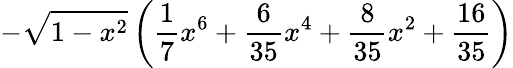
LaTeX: -\sqrt{1-x^{2}}\left(\frac{1}{7}x^{6}+\frac{6}{35}x^{4}+\frac{8}{35}x^{2}+\frac{16}{35}\right)